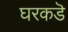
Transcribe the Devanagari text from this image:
घरकडॆ